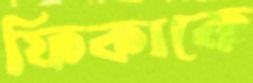
ফিকাকে